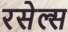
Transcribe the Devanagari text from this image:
रसेल्स